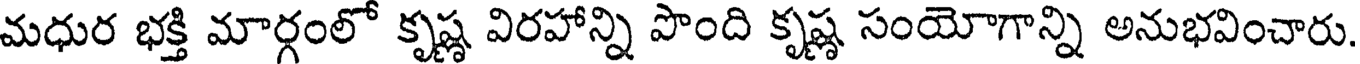
మధుర భక్తి మార్గంలో కృష్ణ విరహాన్ని పొంది కృష్ణ సంయోగాన్ని అనుభవించారు.